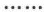
\cdots\cdots